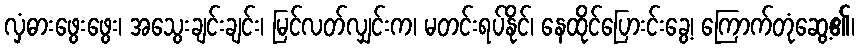
လှံဓားဖွေးဖွေး၊ အသွေးချင်းချင်း၊ မြင်လတ်လျှင်းက၊ မတင်းရပ်နိုင်၊ နေထိုင်ပြေားင်းခွေ့၊ ကြောက်တုံဆွေ့၏၊